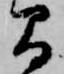
間